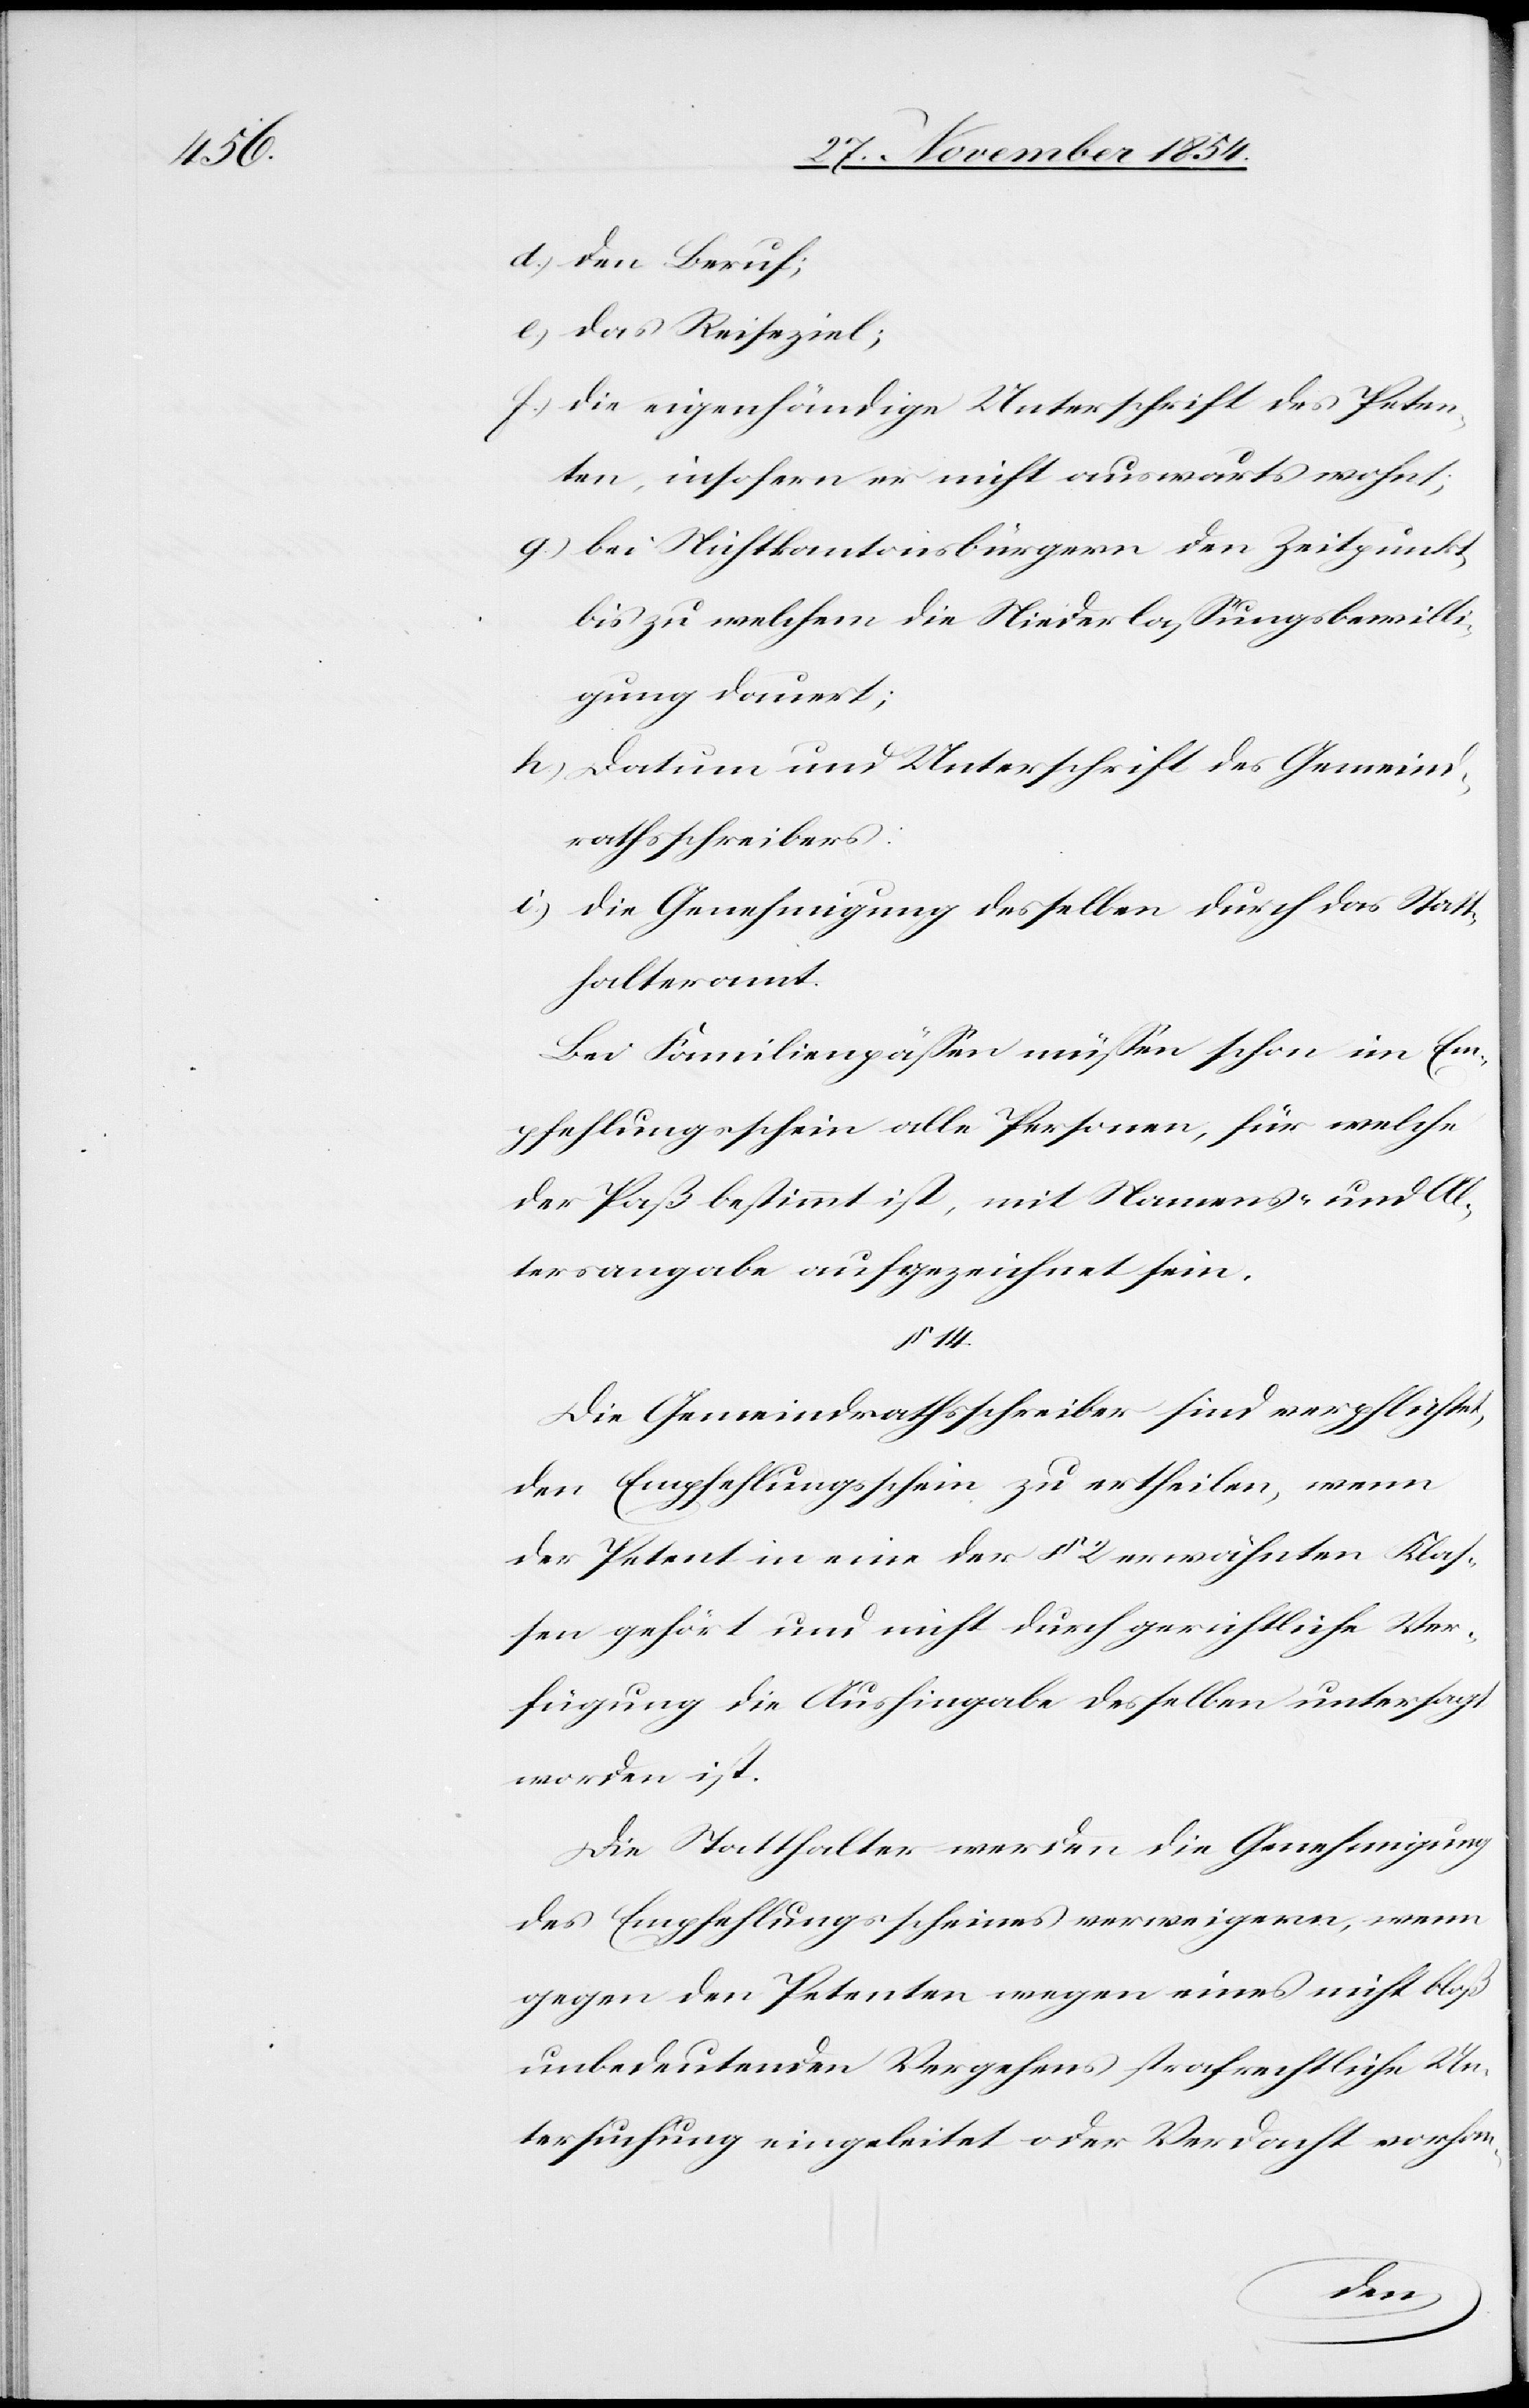
d.) den Beruf;
e.) das Reiseziel;
f.) die eigenhändige Unterschrift des Peten¬
ten, insofern er nicht auswärts wohnt;
g.) bei Nichtkantonsbürgern den Zeitpunkt,
bis zu welchem die Niederlaßungsbewilli¬
gung dauert;
h.) Datum und Unterschrift des Gemeind¬
rathsschreibers;
i.) die Genehmigung desselben durch das Statt¬
halteramt.
Bei Familienpäßen müßen schon im Em¬
pfehlungsschein alle Personen, für welche
der Paß bestimmt ist, mit Namens- und Al¬
tersangabe aufgezeichnet sein.
§ 14.
Die Gemeindrathsschreiber sind verpflichtet,
den Empfehlungsschein zu ertheilen, wenn
der Petent in eine der § 2 erwähnten Klaß¬
en gehört und nicht durch gerichtliche Ver¬
fügung die Aushingabe desselben untersagt
worden ist.
Die Statthalter werden die Genehmigung
des Empfehlungsscheines verweigern, wenn
gegen den Petenten wegen eines nicht bloß
unbedeutenden Vergehens strafrechtliche Un¬
tersuchung eingeleitet oder Verdacht vorhan-